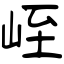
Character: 峌